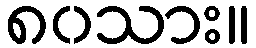
၈၀သား။